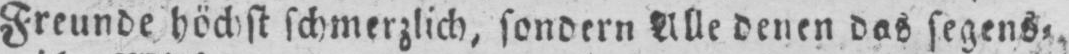
Freunde höchst schmerzlich, sondern Alle denen das segens⸗